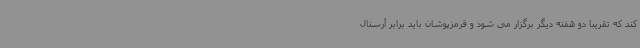
کند که تقریبا دو هفته دیگر برگزار می شود و قرمزپوشان باید برابر آرسنال